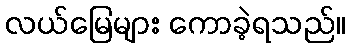
လယ်မြေများ ကောခဲ့ရသည်။